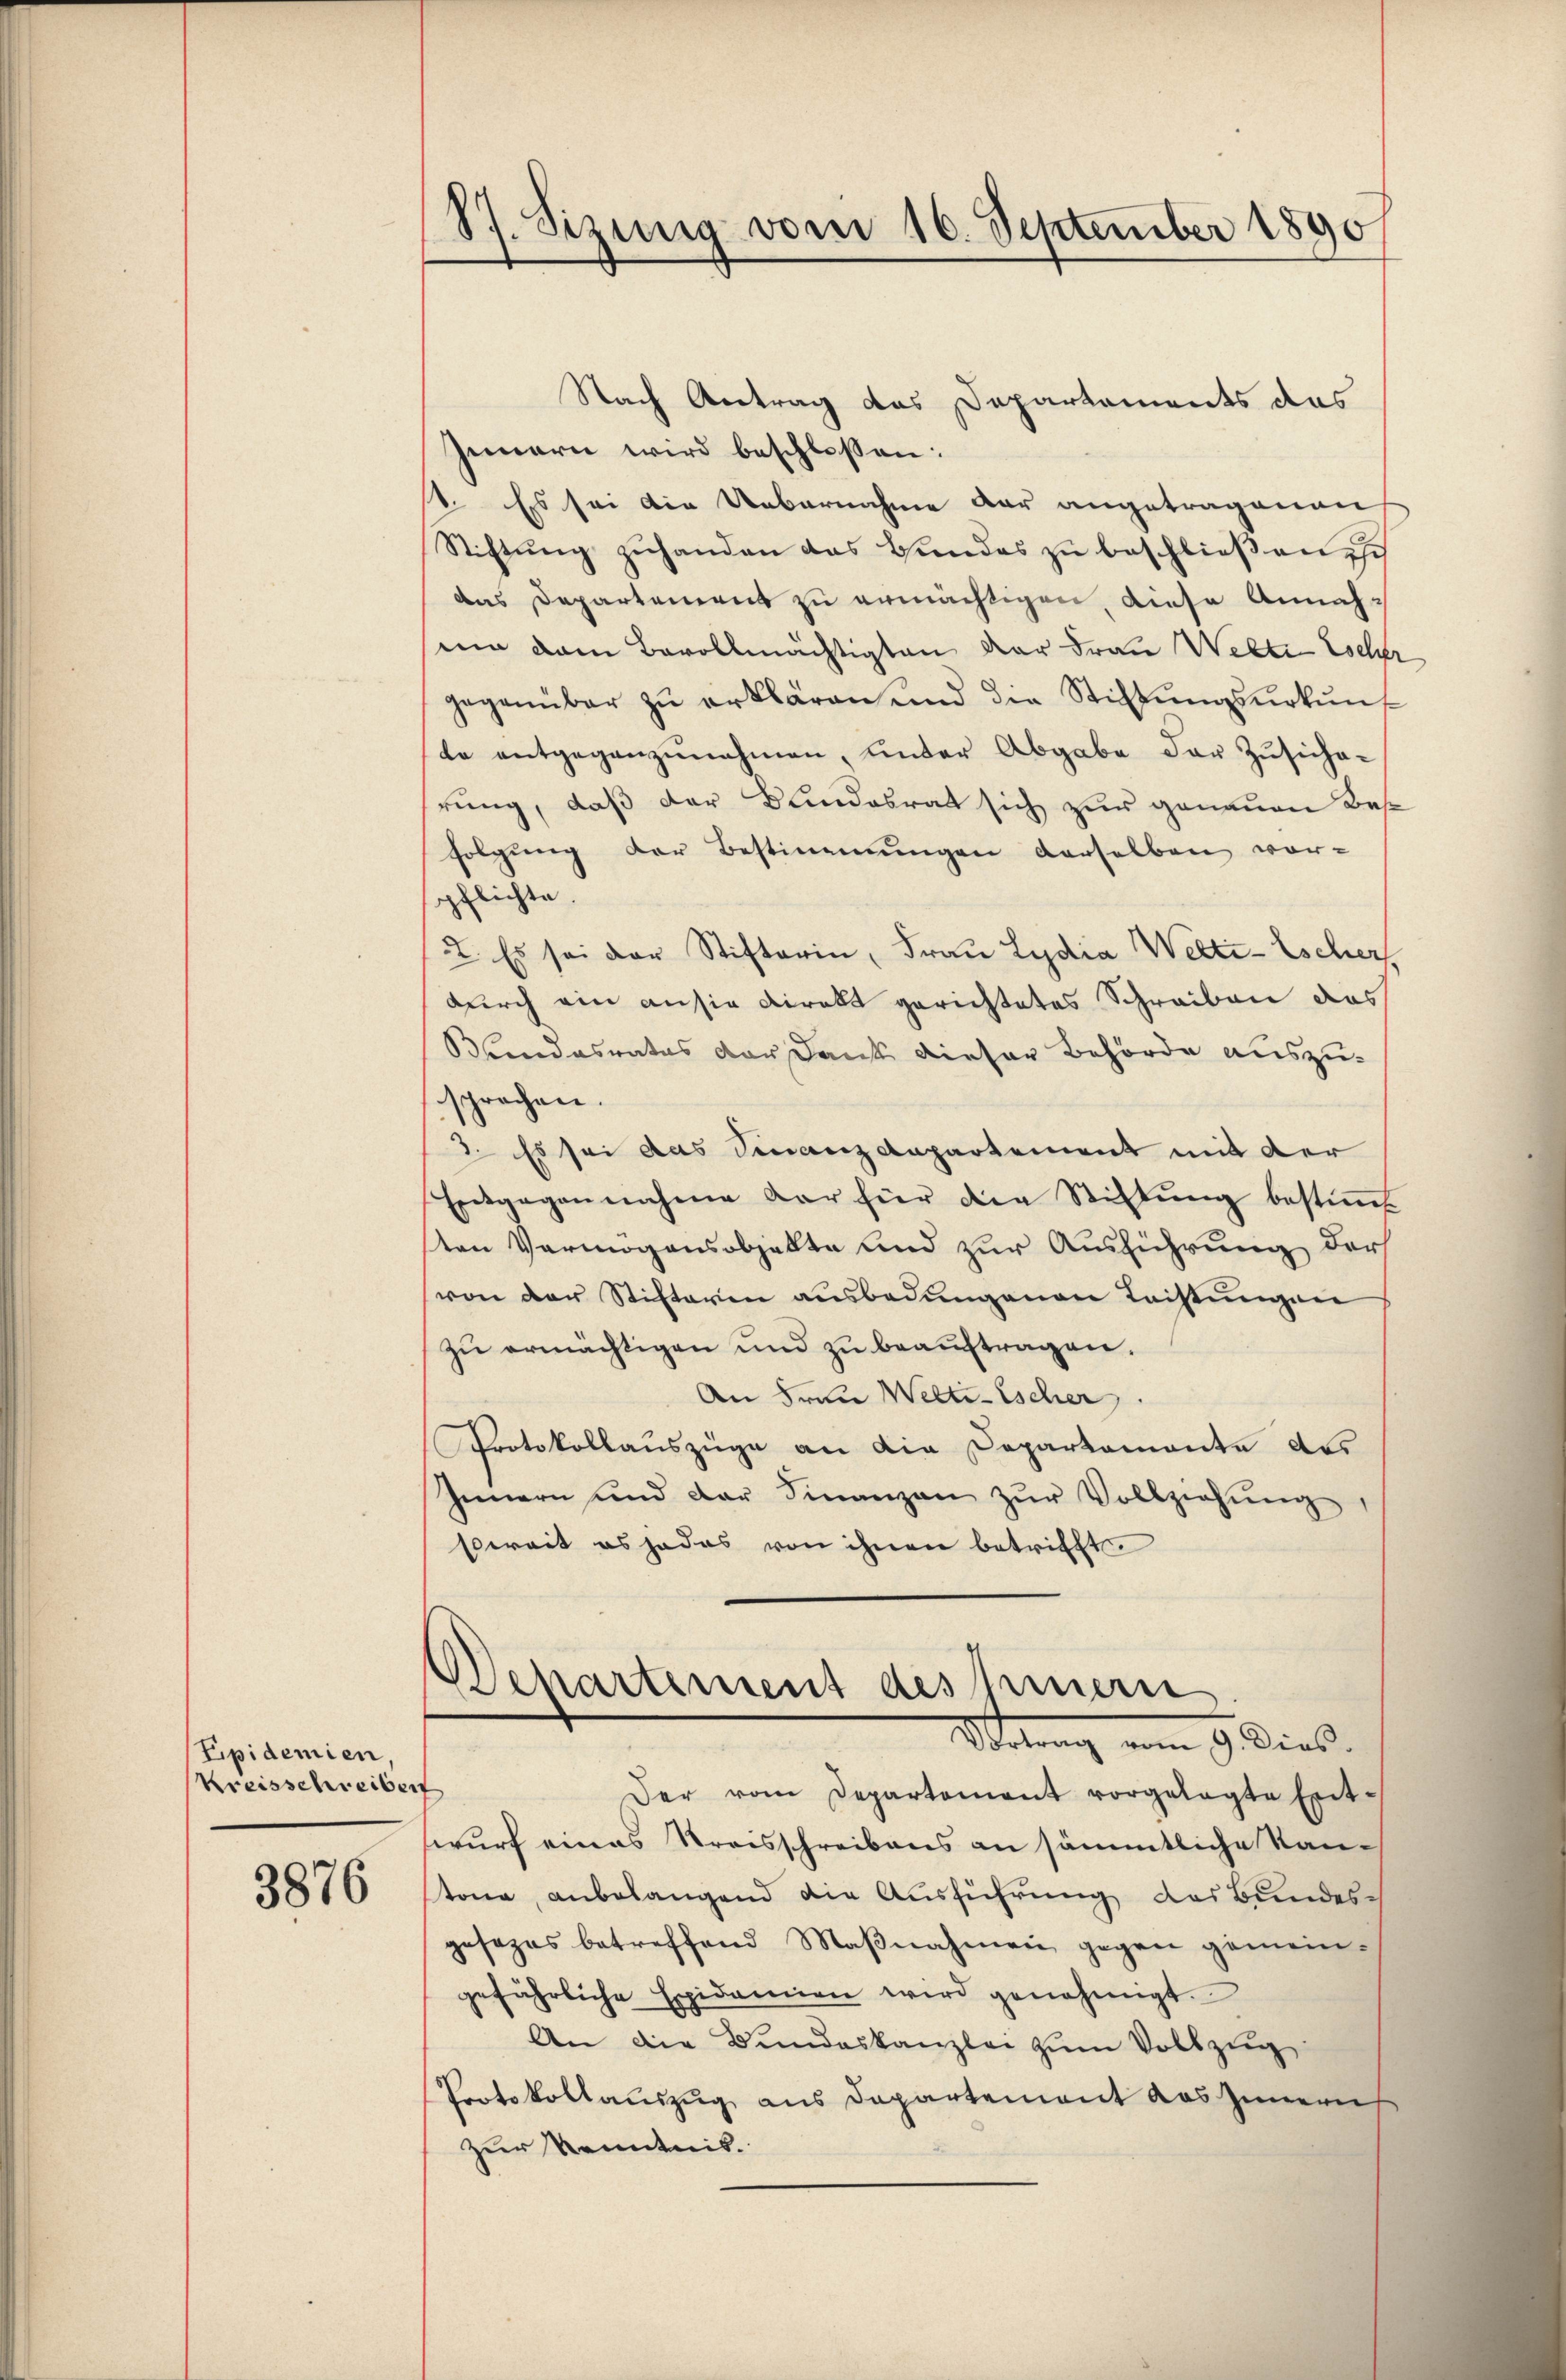
Eipidemien,
Kreisschreiber

3876

S7. Sizung vom 16. September 1890

Nach Antrag das Departements das
Innern wird beschlossen:
1. Es sei die Uebernahme der angetragenen
Stiftung zuhanden das Handes zu beschließen is
das Departement zu ermächtigen, diese Annahmi dem Bevollmächtigten der Frau Welti Escher
gegenüber zŭ erklären und die Stiftŭngsŭrkŭnf
le entgegenzŭnahmen, unter Abgabe der Zŭsicharung, daß der Bundesrat sich zur genauen Best
folgung der Bestimmungen derselben vor-
pflichte.
2. Es sei der Stifterin, Frau Lydia Welti-Escher
durch ein ausser Direkt gerichtetes Schreiben das
Bendasnatus der Dank dieser Behörde auszusprochen.
3. Es sei das Finanzdepartement mit der
Entgegennahme der für die Stiftŭng bestiṁt
ten Vermögensobhalte und zur Ausführung der
von der Stifteren ausbedungenen Leistungen
zŭ ermächtigen und zu beauftragen.
An Frau Welti-Escher
Protokollauszüge an die Departemonte des
Innern und der Finanzen zŭr Vollziehŭng
soweit es jedes von ihnen betrifft
Departement des Innern
Virtung vom 9. Dies
Der vom Departement vorgelegte Entwurf eines Kreisschreibens an sämmtliche Kantone, anbelangend die Ausführung des Bundesgesezes betreffend Maβnahmen gegen gemein-
gefährliche Expidanien wird genehmigt.
An die Bŭndeskanzlei zŭm Vollzug
Protokollauszug aus Departement das Innern
zur Kenntnis.